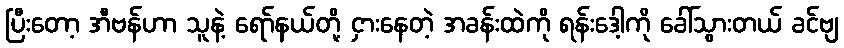
ပြီးတော့ အီဗန်ဟာ သူနဲ့ ရော်နယ်တို့ ငှားနေတဲ့ အခန်းထဲကို ရန်းဒေါ့ကို ခေါ်သွားတယ် ခင်ဗျ